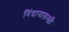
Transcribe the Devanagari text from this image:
निंदानालस्ती